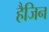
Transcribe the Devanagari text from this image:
हैजिन